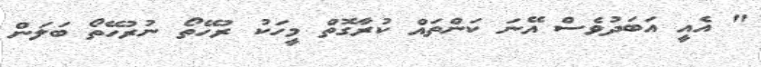
" އެއީ އަބަދުވެސް އޭނަ ކަންތައް ކުރާގޮތް މީހަކު ރުހޭތޯ ނުރުހޭތޯ ބަލަން